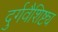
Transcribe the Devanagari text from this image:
दुर्गवैशिष्ट्य